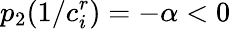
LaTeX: p_{2}(1/c_{i}^{r})=-{\alpha}<0